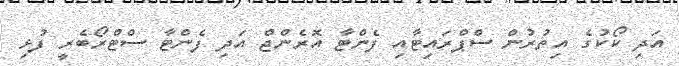
އަދި ކޯކުގެ އިތުރުން ސްޕްރައިޓާއި ފެންޓާ އޮރެންޖް އަދި ފެންޓާ ސްޓްރޯބެރީ ފުޅި